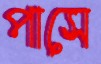
পাসে